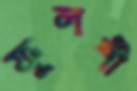
ফুলশী